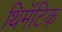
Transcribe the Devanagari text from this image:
थिमॅटिक